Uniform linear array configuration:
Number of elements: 16
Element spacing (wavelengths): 0.25
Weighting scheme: exponential
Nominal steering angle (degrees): -60
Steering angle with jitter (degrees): -60.041
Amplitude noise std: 0.05
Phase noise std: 0.05

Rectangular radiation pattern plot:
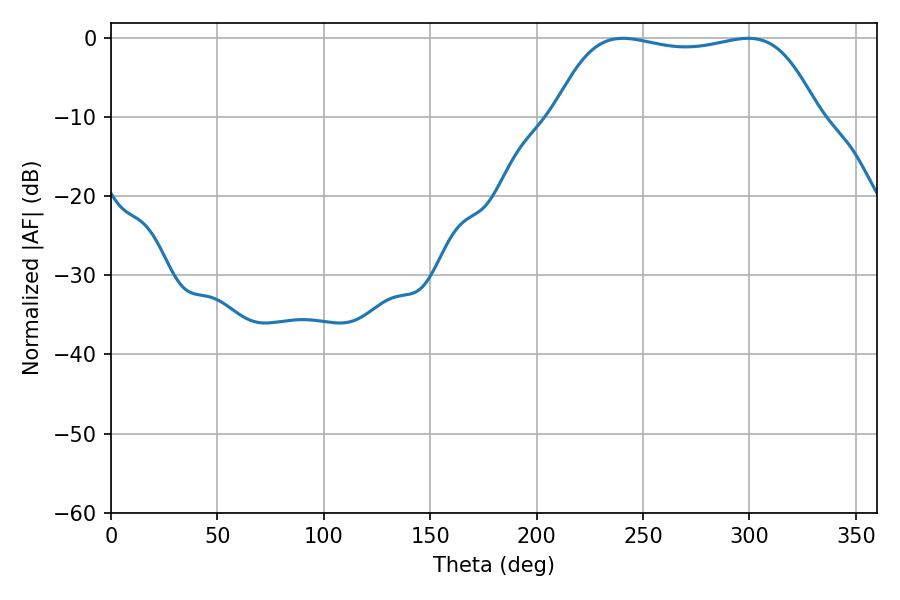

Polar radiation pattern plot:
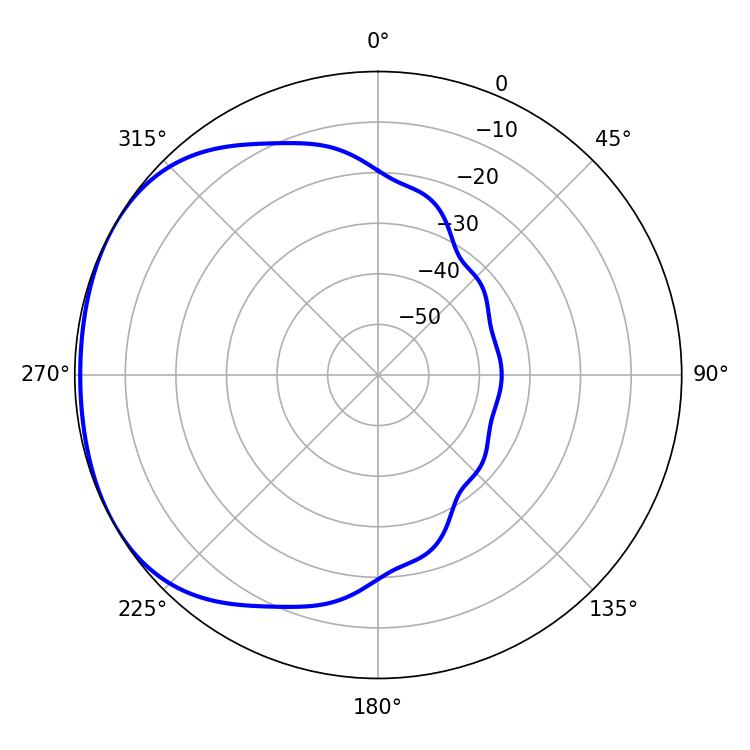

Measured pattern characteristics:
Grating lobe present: FALSE
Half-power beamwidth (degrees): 98.28
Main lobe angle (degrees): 240.48